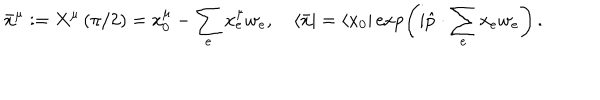
\bar { x } ^ { \mu } : = X ^ { \mu } \left( \pi / 2 \right) = x _ { 0 } ^ { \mu } - \sum _ { e } x _ { e } ^ { \mu } w _ { e } , \quad \langle \bar { x } | = \langle x _ { 0 } | \exp \left( i \hat { p } \cdot \sum _ { e } x _ { e } w _ { e } \right) \, .